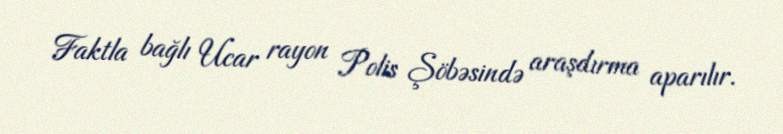
Faktla bağlı Ucar rayon Polis Şöbəsində araşdırma aparılır.